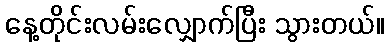
နေ့တိုင်းလမ်းလျှောက်ပြီး သွားတယ်။